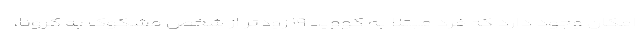
امکان وجود دارد که فرد مبتلا به کووید ۱۹ زودتر از شخص مشکوک به کرونا،